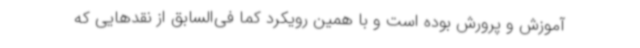
آموزش و پرورش بوده است و با همین رویکرد کما فی‌السابق از نقدهایی که